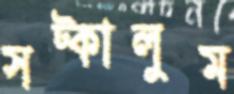
সট্‌কালুম